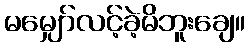
မမျှော်လင့်ခဲ့မိဘူးချေ။